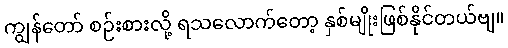
ကျွန်တော် စဉ်းစားလို့ ရသလောက်တော့ နှစ်မျိုးဖြစ်နိုင်တယ်ဗျ။